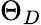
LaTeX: \Theta_{D}